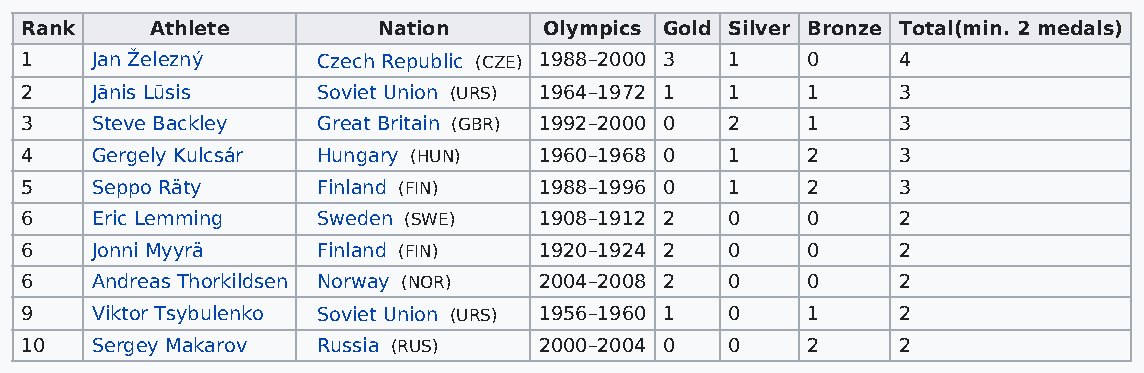
Rank     Athlete        Nation     Olympics Gold Silver Bronze Total(min. 2 medals)
 1    Jan Železný    Czech Republic (CZE) 1988–2000 3 1 0  4
 2    Jānis Lūsis    Soviet Union (URS) 1964–1972 1 1 1    3
 3    Steve Backley  Great Britain (GBR) 1992–2000 0 2 1   3
 4    Gergely Kulcsár Hungary (HUN) 1960–1968 0 1    2     3
 5    Seppo Räty     Finland (FIN)  1988–1996 0 1    2     3
 6    Eric Lemming   Sweden (SWE)   1908–1912 2 0    0     2
 6    Jonni Myyrä    Finland (FIN)  1920–1924 2 0    0     2
 6    Andreas Thorkildsen Norway (NOR) 2004–2008 2 0 0     2
 9    Viktor Tsybulenko Soviet Union (URS) 1956–1960 1 0 1 2
 10   Sergey Makarov Russia (RUS)   2000–2004 0 0    2     2